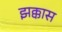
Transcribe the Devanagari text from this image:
झक्कास